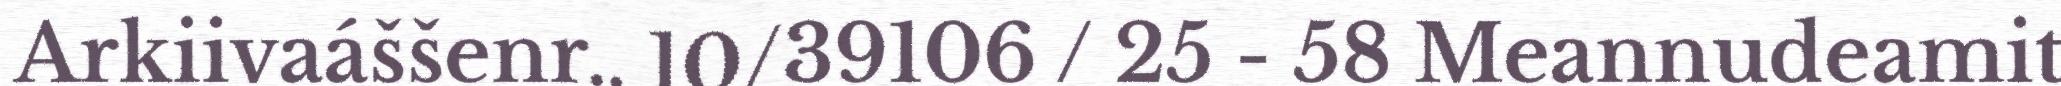
Arkiivaáššenr.. 10/39106 / 25 - 58 Meannudeamit